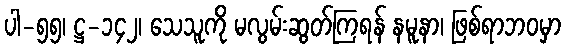
ပါ-၅၅၊ ဋ္ဌ-၁၄၂၊ သေသူကို မလွမ်းဆွတ်ကြရန် နမူနာ၊ ဖြစ်ရာဘဝမှာ